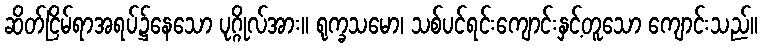
ဆိတ်ငြိမ်ရာအရပ်၌နေသော ပုဂ္ဂိုလ်အား။ ရုက္ခသမော၊ သစ်ပင်ရင်းကျောင်းနှင့်တူသော ကျောင်းသည်။